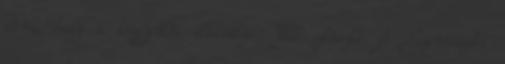
arra, hogy a közgyűlés elbírálja. Tóth László: A Szervezeti